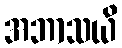
အဘာသယိ